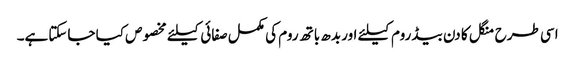
اسی طرح منگل کا دن بیڈ روم کیلئے اور بدھ باتھ روم کی مکمل صفائی کیلئے مخصوص کیا جاسکتاہے۔